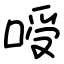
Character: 㖟